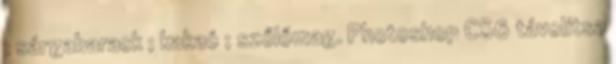
; sárgabarack ; kakaó ; szőlőmag. Photoshop CS6 távolítsa